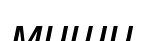
миши